Language: tamil
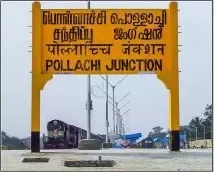
Transcription: சந்திப்பு பொள்ளாச்சி